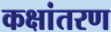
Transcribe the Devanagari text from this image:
कक्षांतरण